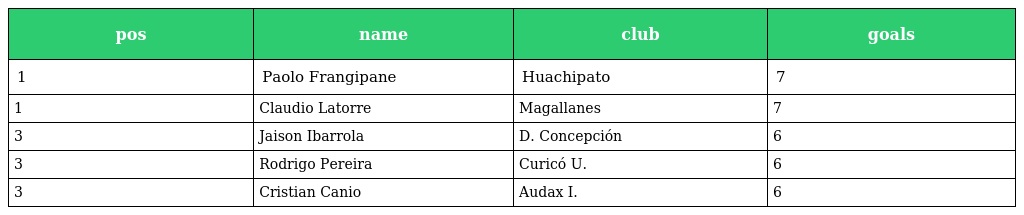
| pos | name | club | goals |
 | --- | --- | --- | --- |
 | 1 | Paolo Frangipane | Huachipato | 7 |
 | 1 | Claudio Latorre | Magallanes | 7 |
 | 3 | Jaison Ibarrola | D. Concepción | 6 |
 | 3 | Rodrigo Pereira | Curicó U. | 6 |
 | 3 | Cristian Canio | Audax I. | 6 |